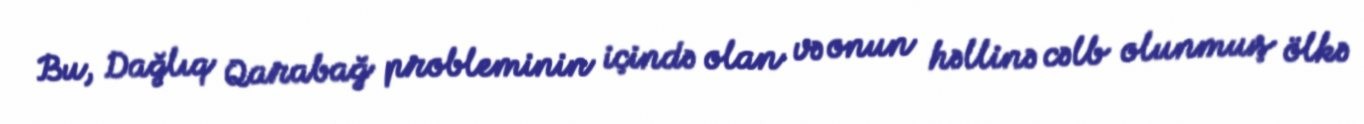
Bu, Dağlıq Qarabağ probleminin içində olan və onun həllinə cəlb olunmuş ölkə